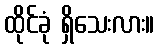
ထိုင်ခုံ ရှိသေးလား။